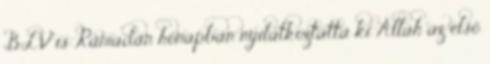
BLV is Ramadán hónapban nyilatkoztatta ki Allah az első